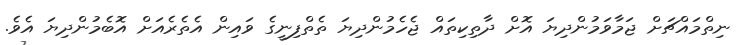
ނިތްމައްޗަށް ޖަމާވަމުންދިޔަ އޮށް ދާތިކިތައް ޖެހެމުންދިޔަ ތެތްފިނީގެ ވައިން އެތެރެއަށް އޮބެމުންދިޔަ އެވެ.